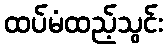
ထပ်မံထည့်သွင်း